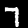
Digit: 7